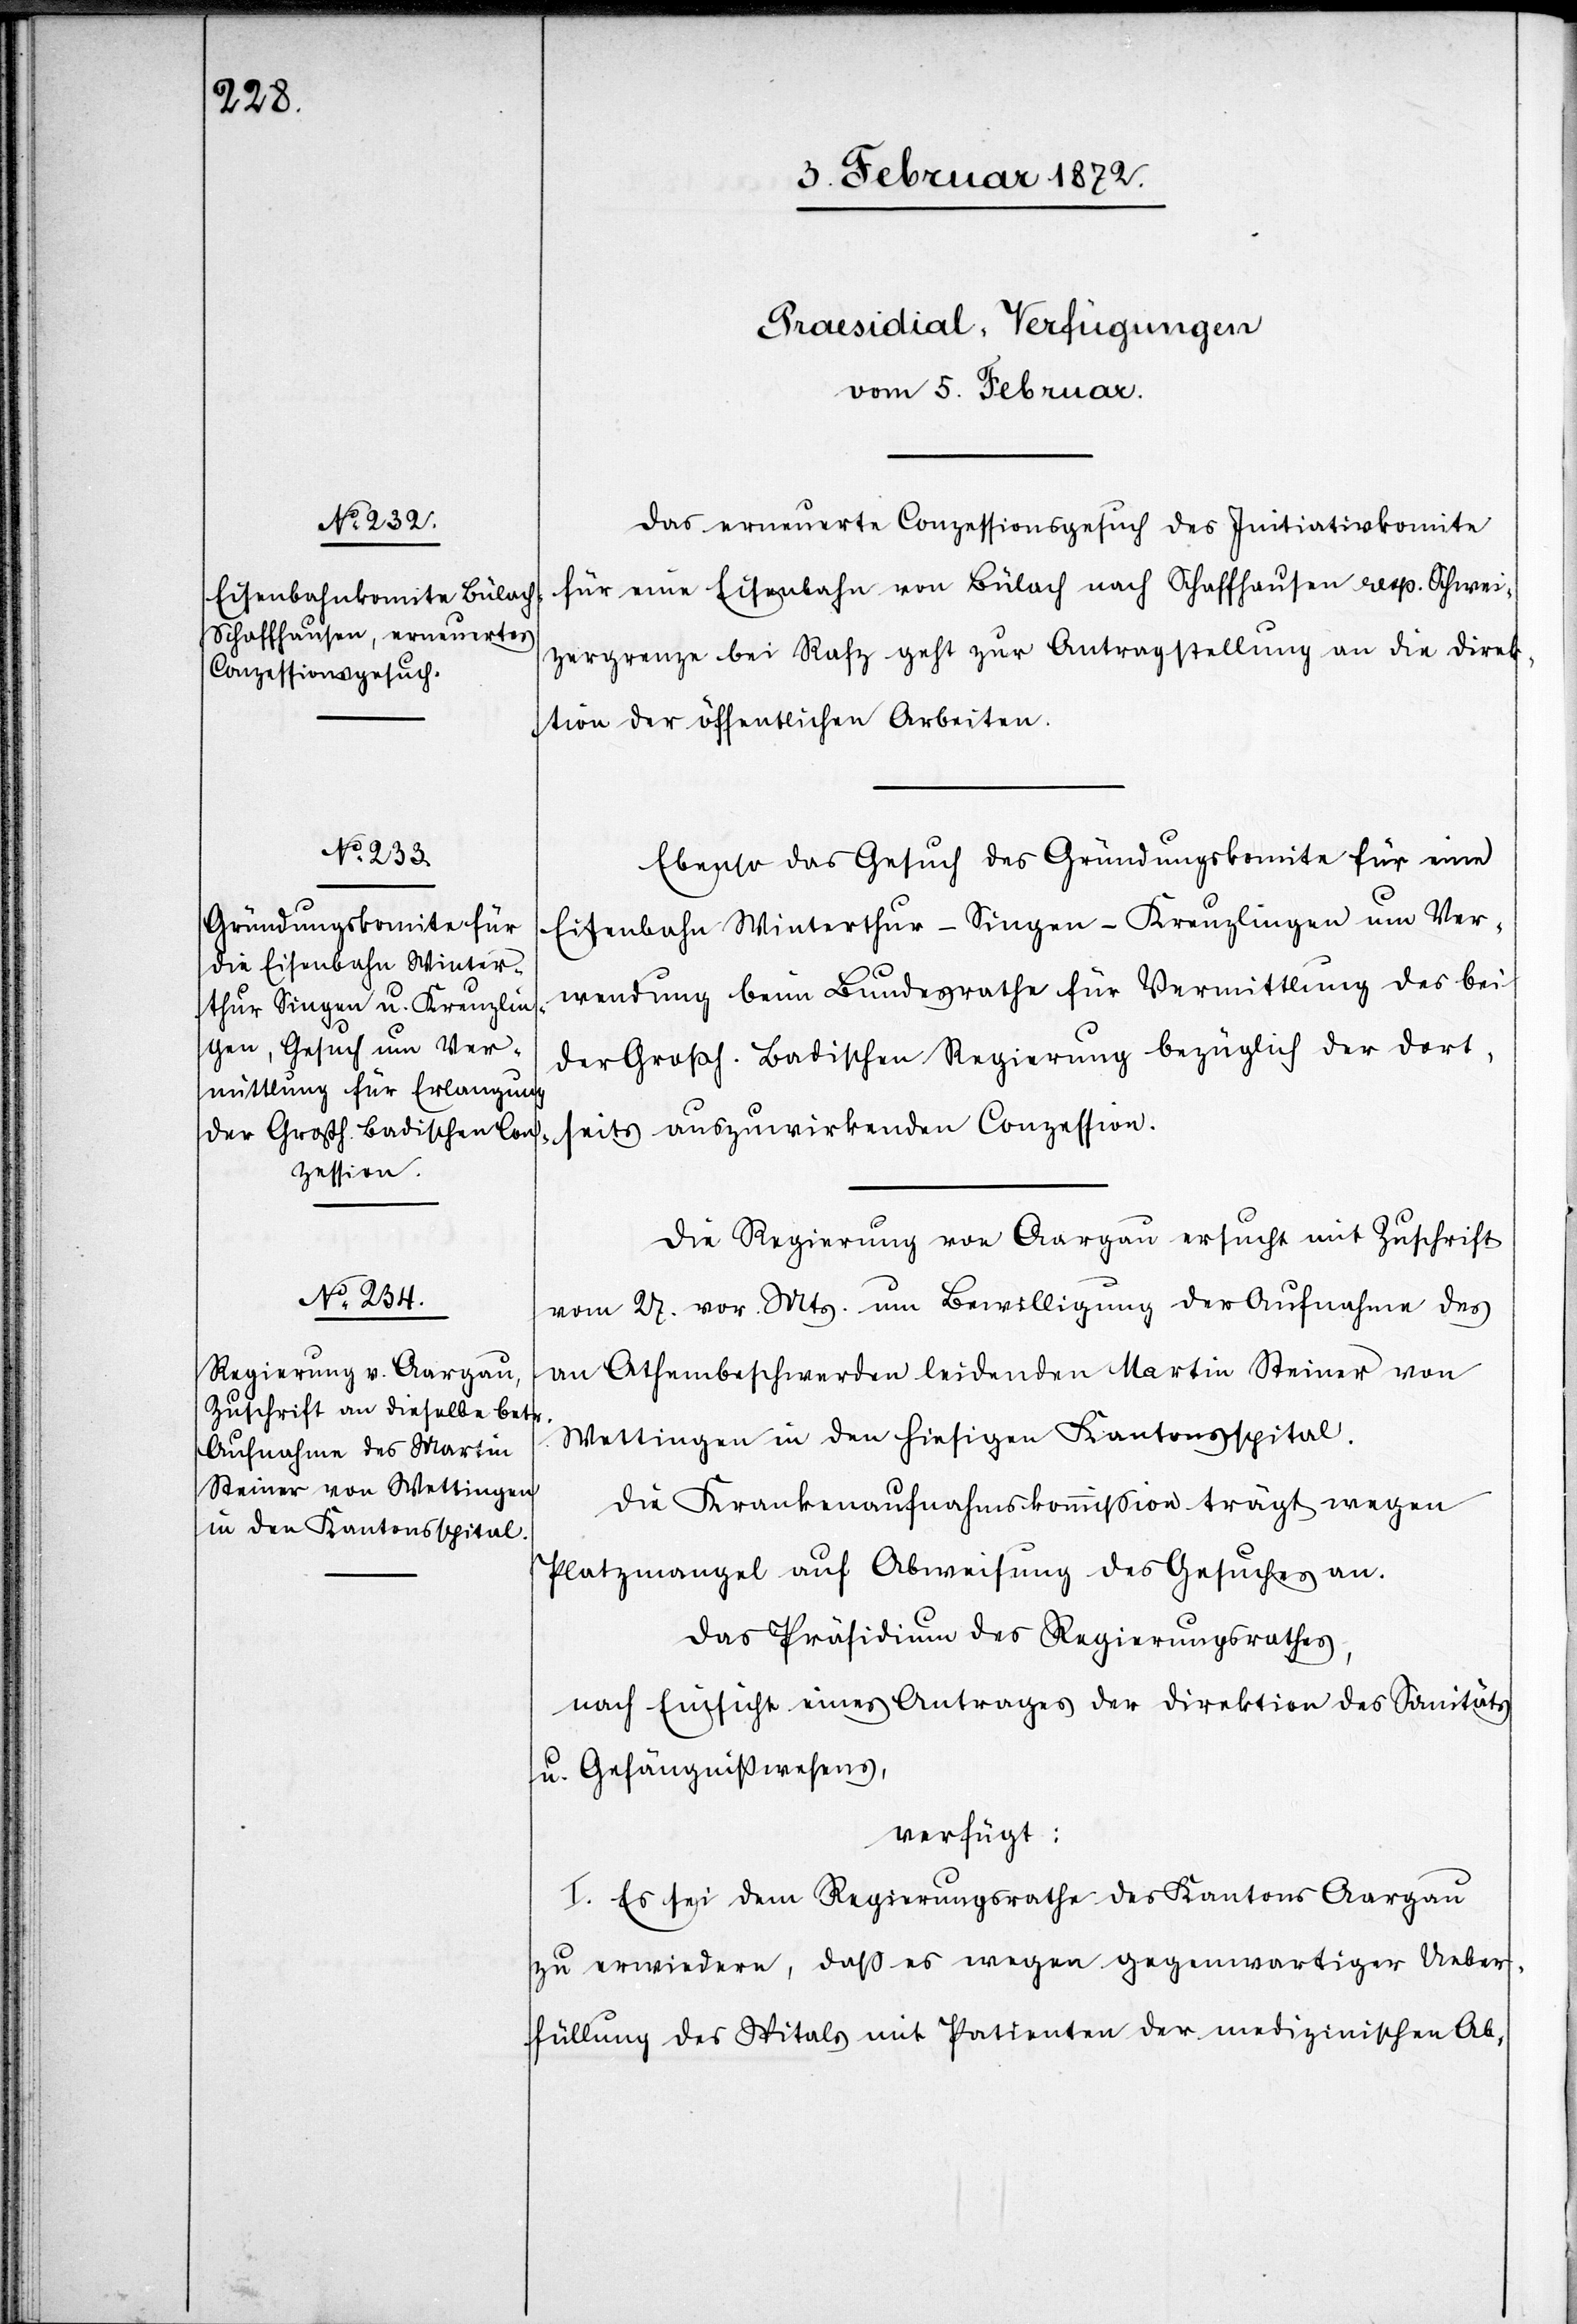
[Präsidial-Verfügungen
vom 5. Februar.]
Das erneuerte Conzessionsgesuch des Initiativkomite
für eine Eisenbahn von Bülach nach Schaffhausen resp. Schwei¬
zergrenze bei Rafz geht zur Antragstellung an die Direk¬
tion der öffentlichen Arbeiten.
Ebenso das Gesuch des Gründungskomite für eine
Eisenbahn Winterthur–Singen–Kreuzlingen um Ver¬
wendung beim Bundesrathe für Vermittlung des bei
Großh. Badischen Regierung bezüglich der dort¬
seits auszuwirkenden Conzession.
Die Regierung von Aargau ersucht mit Zuschrift
vom 27. vor. Mts. um Bewilligung der Aufnahme des
an Athembeschwerden leidenden Martin Steiner von
Wettingen in den hiesigen Kantonsspital.
Die Krankenaufnahmskommission trägt wegen
Platzmangel auf Abweisung des Gesuches an.
Das Präsidium des Regierungsrathes,
nach Einsicht eines Antrages der Direktion des Sanitäts
u. Gefängnißwesens,
verfügt:
I. Es sei dem Regierungsrathe des Kantons Aargau
zu erwiedern, daß es wegen gegenwartiger Ueber¬
füllung des Spitals mit Patienten der medizinischen Ab-